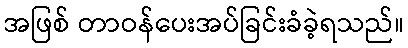
အဖြစ် တာဝန်ပေးအပ်ခြင်းခံခဲ့ရသည်။